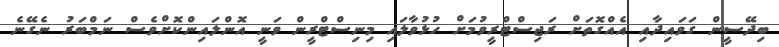
ބިދޭސީން ގަވައިދާއި އެއްގޮތަށް ރަޖިސްޓްރީވުމަށް ހުޅުވާލައި މިނިސްޓްރީން ވަނީ އޮންލައިންކޮށްވެސް ނަމްބަރު ނެގޭނެ